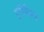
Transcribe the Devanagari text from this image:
एटीपीच्या